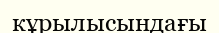
кұрылысындағы